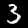
Digit: 3